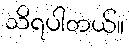
သိရပါတယ်။